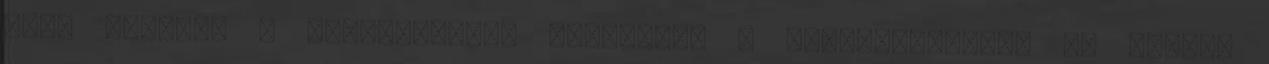
hogy gyorsít a bélmozgáson, csökkenti a teltségérzetet és megvéd